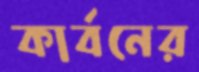
কার্বনের